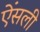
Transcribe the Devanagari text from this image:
ऐंसली